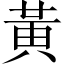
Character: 黃